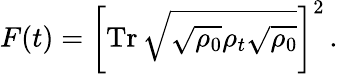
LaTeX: F(t)=\left[\operatorname{Tr}\sqrt{\sqrt{\rho_{0}}\rho_{t}\sqrt{\rho_{0}}}\right]^{2}\, .